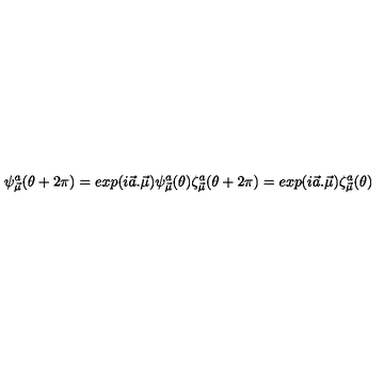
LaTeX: \psi _ { \vec { \mu } } ^ { a } ( \theta + 2 \pi ) = e x p ( i \vec { a } . \vec { \mu } ) \psi _ { \vec { \mu } } ^ { a } ( \theta ) \zeta _ { \vec { \mu } } ^ { a } ( \theta + 2 \pi ) = e x p ( i \vec { a } . \vec { \mu } ) \zeta _ { \vec { \mu } } ^ { a } ( \theta )